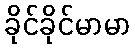
ခိုင်ခိုင်မာမာ